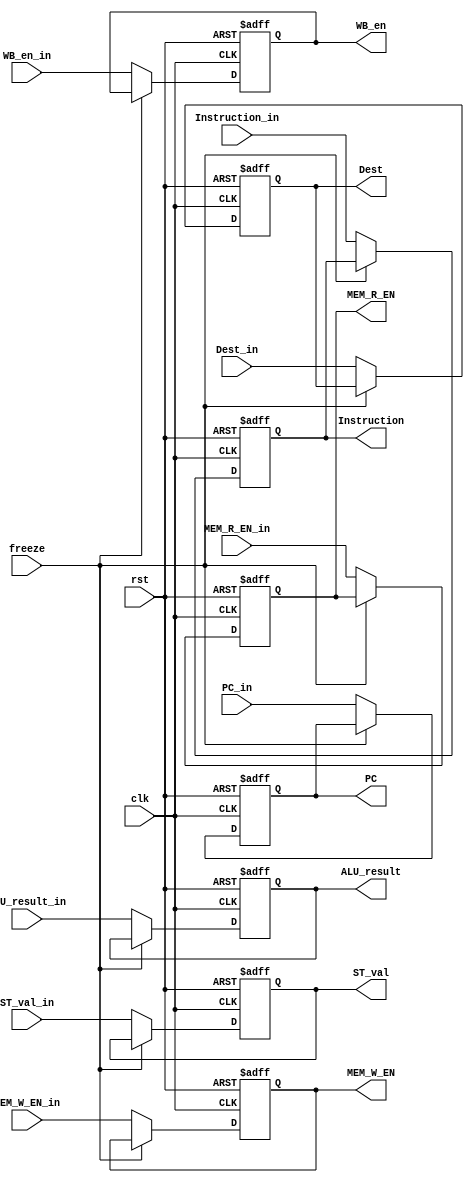
`timescale 1ns/1ns
module EXE_Stage_Register(
  clk, rst, freeze, WB_en_in, MEM_R_EN_in, MEM_W_EN_in, 
  ALU_result_in, ST_val_in, PC_in, Instruction_in, 
  Dest_in, 
  WB_en, MEM_R_EN, MEM_W_EN, 
  ALU_result, ST_val, PC, Instruction, 
  Dest
);
  input clk, rst, freeze, WB_en_in, MEM_R_EN_in, MEM_W_EN_in;
  input [31 : 0] ALU_result_in, ST_val_in, PC_in, Instruction_in;
  input [3 : 0] Dest_in;
  output reg WB_en, MEM_R_EN, MEM_W_EN;
  output reg [31 : 0] ALU_result, ST_val, PC, Instruction;
  output reg [3 : 0] Dest;

  always @(posedge clk, posedge rst)begin
    if(rst) begin
      PC <= 32'd0; 
      Instruction <= 32'd0;
      Dest <= 4'd0;
      WB_en <= 1'd0;
      MEM_R_EN <= 1'd0; 
      MEM_W_EN <= 1'd0;
      ALU_result <= 32'd0;
      ST_val <= 32'd0;
    end
    else if (~freeze) begin
      PC <= PC_in;
      Instruction <= Instruction_in;
      Dest <= Dest_in;
      WB_en <= WB_en_in;
      MEM_R_EN <= MEM_R_EN_in;
      MEM_W_EN <= MEM_W_EN_in;
      ALU_result <= ALU_result_in;
      ST_val <= ST_val_in; // val Rm
    end
  end
endmodule